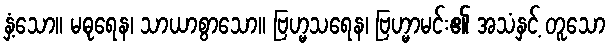
နှံ့သော။ မဓုရေန၊ သာယာစွာသော။ ဗြဟ္မသရေန၊ ဗြဟ္မာမင်း၏ အသံနှင့် တူသော